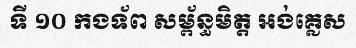
ទី ១០ កងទ័ព សម្ព័ន្ធមិត្ត អង់គ្លេស